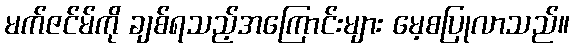
မက်ဇင်မ်ကို ချစ်ရသည့်အကြောင်းများ မေ့စပြုလာသည်။